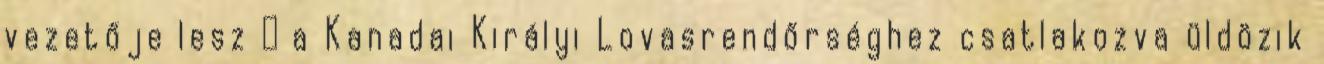
vezetője lesz → a Kanadai Királyi Lovasrendőrséghez csatlakozva üldözik